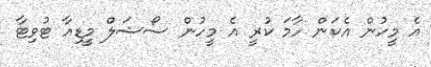
އެ މީހުން އެކަން ހާމަ ކުރީ އެ މީހުން ސޯޝަލް މީޑިއާ ޓުވިޓާ